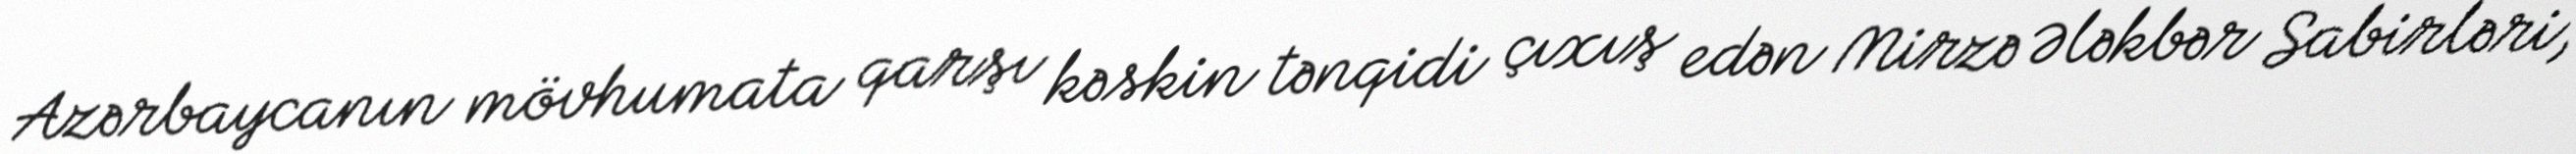
Azərbaycanın mövhumata qarşı kəskin tənqidi çıxış edən Mirzə Ələkbər Sabirləri,